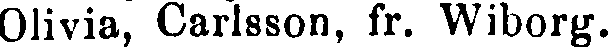
Olivia, Carlsson, fr. Wiborg.